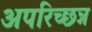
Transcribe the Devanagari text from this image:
अपरिच्छन्न